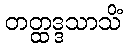
တတ္ထဒ္ဒသာသိံ